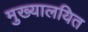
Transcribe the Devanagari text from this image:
मुख्यालयित